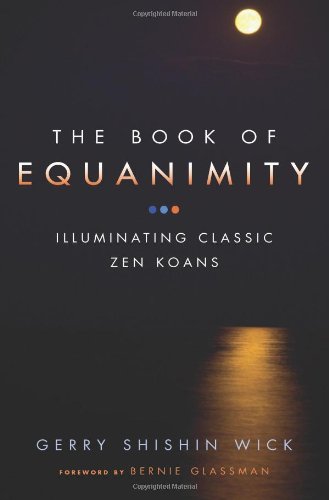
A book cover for The Book of Equanimity: Illuminating Classic Zen Koans; Gerry Shishin Wick; Religion & Spirituality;